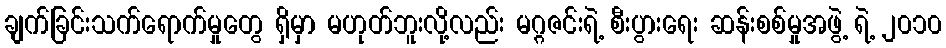
ချက်ခြင်းသက်ရောက်မှုတွေ ရှိမှာ မဟုတ်ဘူးလို့လည်း မဂ္ဂဇင်းရဲ့ စီးပွားရေး ဆန်းစစ်မှုအဖွဲ့ ရဲ့ ၂၀၁၀